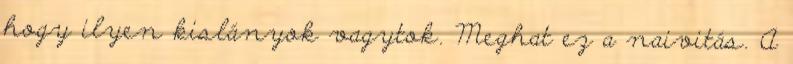
hogy ilyen kislányok vagytok. Meghat ez a naivitás. A